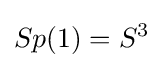
Sp(1)=S^{3}